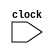
// METADATA ABOUT THE MODULE
//
// 	REG NO:  171CO226	     171CO253
// 	MODULE:  hello_world
//
// END META DATA

module hello_world(clock);

	input clock;

	always @ (clock) // Trigger for displaying the message
		begin
			$monitor("Hello world %0t\n",$realtime);
		end

endmodule